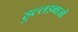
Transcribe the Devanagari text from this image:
हुल्लड़बाजों